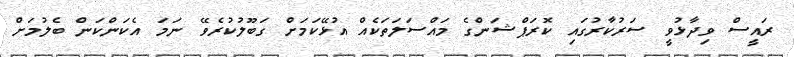
ރައީސް ވިދާޅުވީ ސަރުކާރުގައި ކޮރަޕްޝަންގެ މައްސަލަތަކެއް އުޅޭކަމަށް ގަބޫލުކުރެވޭ ނަމަ އެކަންކަން ބެލުމަށް